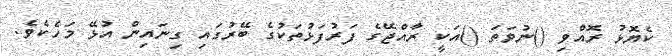
ކެޔޮޅު ރޮއްވި ()ނުވަތަ ()އަކީ ރާއްޖޭގެ ފަރުފަޅުތަކުގެ ބޭރުގައި ގިނައިން އުޅޭ މަހެކެވެ.